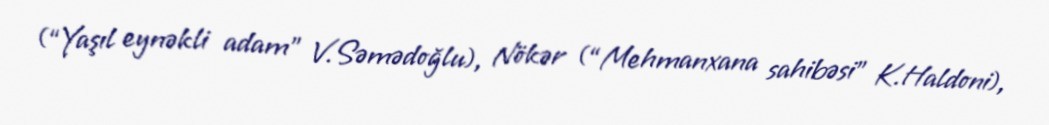
(“Yaşıl eynəkli adam” V.Səmədoğlu), Nökər (“Mehmanxana sahibəsi” K.Haldoni),